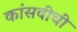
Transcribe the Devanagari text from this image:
कांसवीची